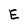
Character: E